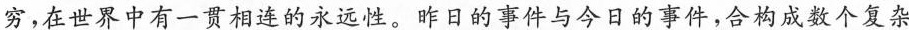
穷，在世界中有一贯相连的永远性。昨日的事件与今日的事件，合构成数个复杂